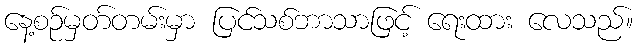
နေ့စဉ်မှတ်တမ်းမှာ ပြင်သစ်ဘာသာဖြင့် ရေးထား လေသည်။